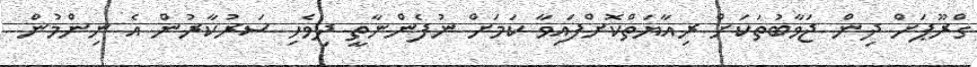
ގްރޫޕަށް ދިން ޖަވާބުތަކަށް ރިއާޔަތްކޮށްފައިވާ ކަމަށް ނުފެންނާތީ ދިވެހި ސަރުކާރުން އެ ނިންމުން